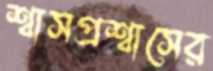
শ্বাসপ্রশ্বাসের